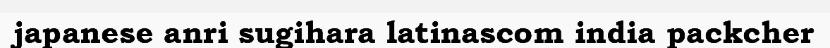
japanese anri sugihara latinascom india packcher